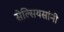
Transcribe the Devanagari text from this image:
सेल्सियसांनी